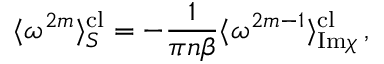
\langle \omega ^ { 2 m } \rangle _ { S } ^ { \mathrm { c l } } = - \frac { 1 } { \pi { n } \beta } \langle \omega ^ { 2 m - 1 } \rangle _ { \mathrm { I m } \chi } ^ { \mathrm { c l } } \, ,